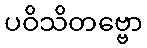
ပဝိသိတဗ္ဗော